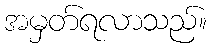
အမှတ်ရလာသည်။